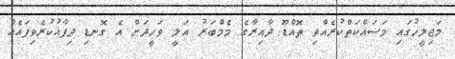
މަޖިލީހުގައި މަސައްކަތްކުރެއްވި ތޮއްޑޫ ދާއިރާގެ މެމްބަރު އަލީ ވަހީދަށް އެ ގޮނޑި ދިފާއުކުރެވިފައެއް